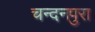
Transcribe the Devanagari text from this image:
चन्दनपुरा